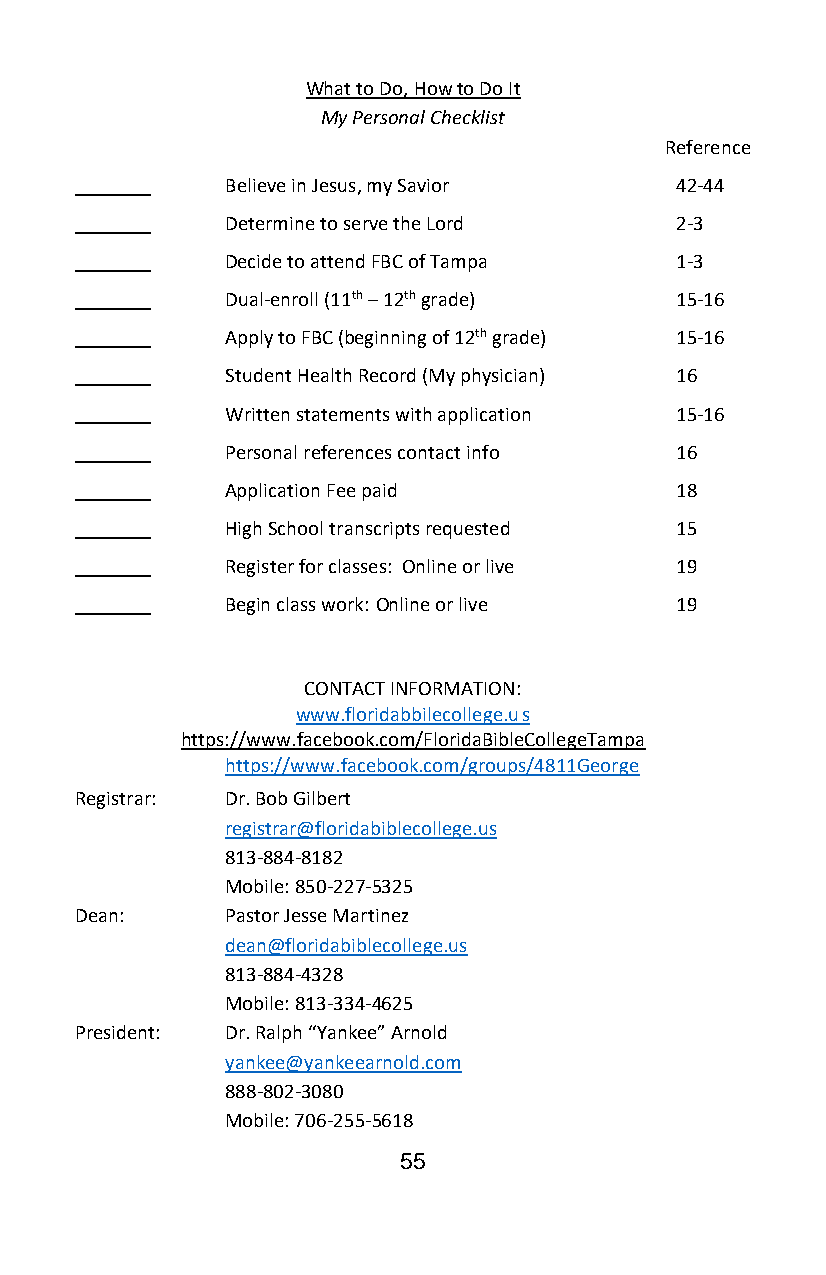
What to Do, How to Do It
 My Personal Checklist
 Reference
 Believe in Jesus, my Savior   42-44
 Determine to serve the Lord   2-3
 Decide to attend FBC of Tampa 1-3
 Dual-enroll (11th – 12th grade) 15-16
 Apply to FBC (beginning of 12th grade) 15-16
 Student Health Record (My physician) 16
 Written statements with application 15-16
 Personal references contact info 16
 Application Fee paid          18
 High School transcripts requested 15
 Register for classes: Online or live 19
 Begin class work: Online or live 19
 CONTACT INFORMATION:
 www.floridabbilecollege.u s
 https://www.facebook.com/FloridaBibleCollegeTampa
 https://www.facebook.com/groups/4811George
 Registrar: Dr. Bob Gilbert
 registrar@floridabiblecollege.us
 813-884-8182
 Mobile: 850-227-5325
 Dean:     Pastor Jesse Martinez
 dean@floridabiblecollege.us
 813-884-4328
 Mobile: 813-334-4625
 President: Dr. Ralph “Yankee” Arnold
 yankee@yankeearnold.com
 888-802-3080
 Mobile: 706-255-5618
 55